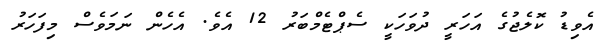
އެވިޑު ކޮލެޖުގެ އަހަރީ ދުވަހަކީ ސެޕްޓެމްބަރު 12 އެވެ. އެހެން ނަމަވެސް މިފަހަރު